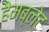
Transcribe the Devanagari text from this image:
हैमब्लेट